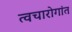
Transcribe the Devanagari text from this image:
त्वचारोगांत